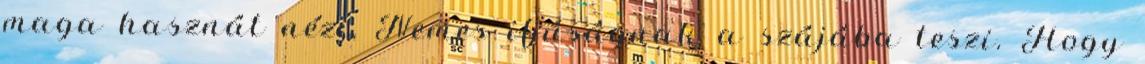
maga hasznát nézi, Nemes ifjúságnak a szájába teszi. Hogy